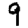
Digit: 9